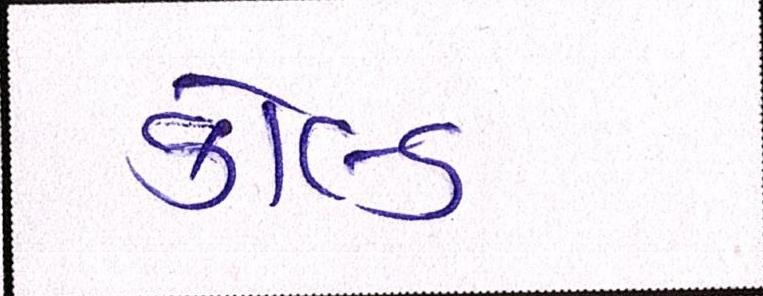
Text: કોલ્ડ